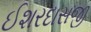
ઈશરદાસજી